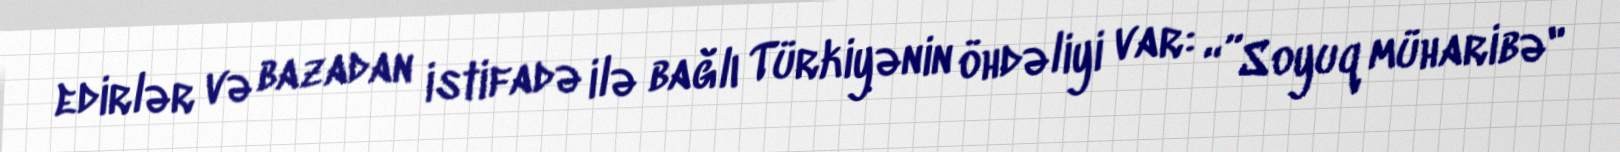
edirlər və bazadan istifadə ilə bağlı Türkiyənin öhdəliyi var: “”Soyuq müharibə"